Vaccination Hyderabad 1872-1889 - 1872-1889
Year: 1872
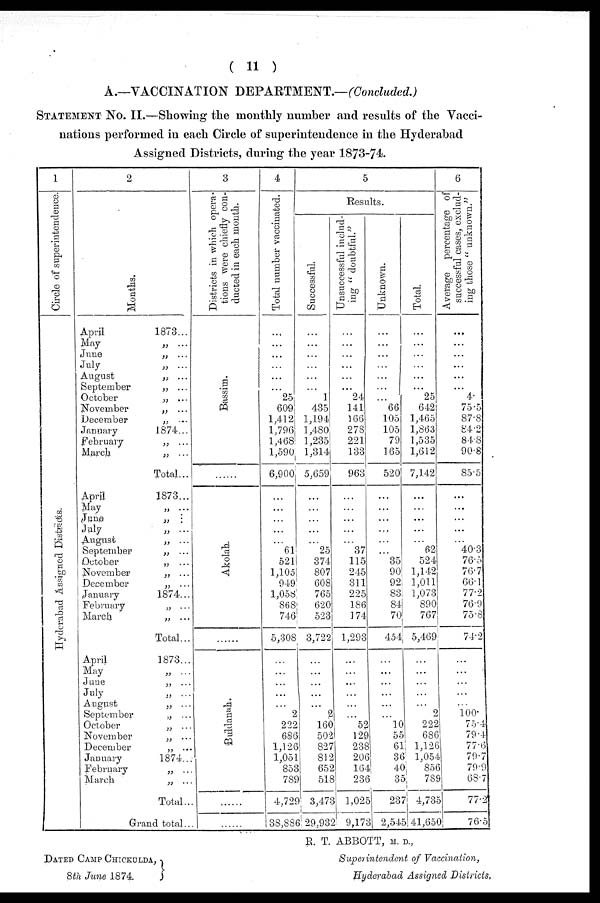
( 11 )
A.—VACCINATION DEPARTMENT.—(Concluded.)
STATEMENT No. II.—Showing the monthly number and results of the Vacci-
nations performed in each Circle of superintendence in the Hyderabad
Assigned Districts, during the year 1873-74.
1
Circle of superintendence.
Hyderabad Assigned Districts.
2
Months.
April
1873...
May
„ ...
June
„ ...
July
„ ...
August
„ ...
September
„ ...
October
„ ...
November
„ ...
December
„ ...
January
1874...
February
„ ...
March
„ ...
Total...
April
1873...
May
„ ...
June
„ ...
July
„ ...
August
„ ...
September
„ ...
October
„ ...
November
„ ...
December
„ ...
January
1874...
February
„ ...
March
„ ...
Total...
April
1873...
May
„ ...
June
„ ...
July
„ ...
August
„ ...
September
„ ...
October
„ ...
November
„ ...
December
„ ...
January
1874...
February
„ ...
March
„ ...
Total...
Grand total...
3
Districts in which opera-
tions were chiefly con-
ducted in each month.
Bassim.
......
Akolah.
Buldanah.
4
Total number vaccinated.
...
...
...
...
...
...
25
609
1,412
1,796
1,468
1,590
6,900
...
...
...
...
...
61
521
1,105
949
1,058
868
746
5,308
...
...
...
...
...
2
222
686
1,126
1,051
853
789
4,729
38,886
5
Results.
Successful.
...
...
...
...
...
...
1
435
1,194
1,480
1,235
1,314
5,659
...
...
...
...
...
25
374
807
608
765
620
523
3,722
...
...
...
...
...
2
160
502
827
812
652
518
3,473
29,932
Unsuccessful includ-
ing " doubtful."
...
...
...
...
...
...
24
141
166
278
221
133
963
...
...
...
...
...
37
115
245
311
225
186
174
1,293
...
...
...
...
...
...
52
129
238
206
164
236
1,025
9,173
Unknown.
...
...
...
...
...
...
...
66
105
105
79
165
520
...
...
...
...
...
...
35
90
92
83
84
70
454
...
...
...
...
...
...
10
55
61
36
40
35
237
2,545
Total.
...
...
...
...
...
...
25
642
1,465
1,863
1,535
1,612
7,142
...
...
...
...
...
62
524
1,142
1,011
1,073
890
767
5,469
...
...
...
...
...
2
222
686
1,126
1,054
856
789
4,735
41,650
6
Average percentage of
successful cases, exclud-
ing those " unknown."
...
...
...
...
...
...
4
75.5
87.8
84.2
84.8
90.8
85.5
...
...
...
...
...
40.3
76.5
76.7
66.1
77.2
76.9
75.8
74.2
...
...
...
...
...
100.
75.4
79.4
77.6
79.7
79.9
68.7
77.2
76.5
DATED CAMP CHICKULDA,
8th June 1874.
R. T. ABBOTT, M. D.,
Superintendent of Vaccination,
Hyderabad Assigned Districts.